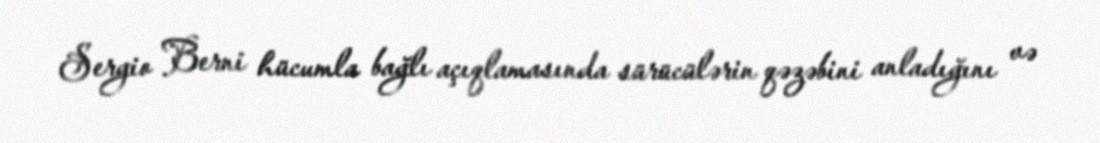
Sergio Berni hücumla bağlı açıqlamasında sürücülərin qəzəbini anladığını və